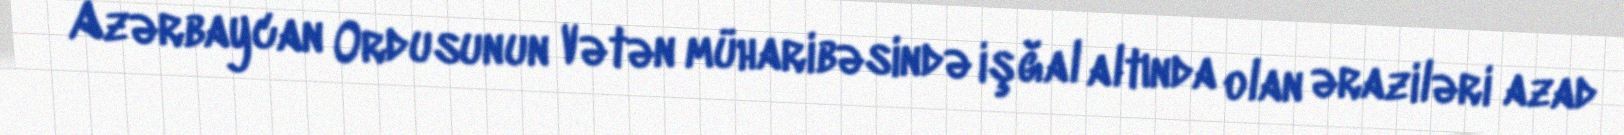
Azərbaycan Ordusunun Vətən müharibəsində işğal altında olan əraziləri azad